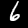
Label: 6